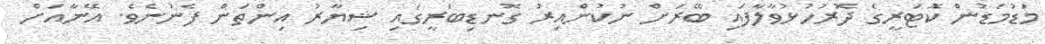
މަޑުމަޑުން ކޮޓަރީގެ ދޮރުހުޅުވާލާފައި ބޭރަށް ނުކުންއިރު ގޮނޑިބަރީގައި ޝިޔާރު އިންތަން ފެނުނެވެ. އޭނާއަށް